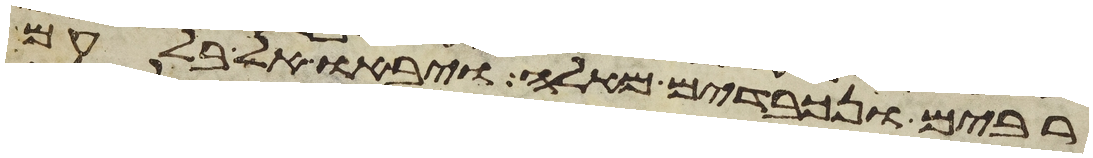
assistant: רבים ונכבדים מאלה ויבאו אל בלעם